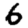
Digit: 6